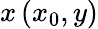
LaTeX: x\left(x_{0},y\right)